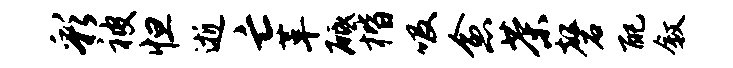
彩被怛逝亡革砥楷吸愈茶磬配叙